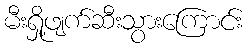
မီးရှို့ဖျက်ဆီးသွားကြောင်း